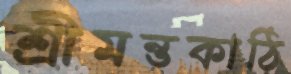
শ্রীমন্তকাঠি